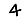
Digit: 4